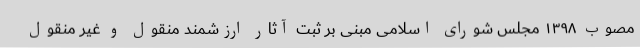
مصوب ۱۳۹۸ مجلس شورای اسلامی مبنی بر ثبت آثار ارزشمند منقول و غیر منقول